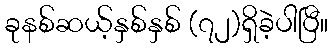
ခုနစ်ဆယ့်နှစ်နှစ် (၇၂)ရှိခဲ့ပါပြီ။